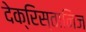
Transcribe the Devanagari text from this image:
देक्रिस्तानिज